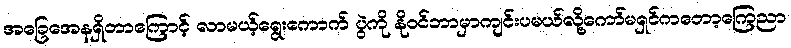
အခြေအေနရှိတာကြောင့် လာမယ့်ရွေးကောက် ပွဲကို နိုဝင်ဘာမှာကျင်းပမယ်လို့ကော်မရှင်ကတော့ကြေညာ